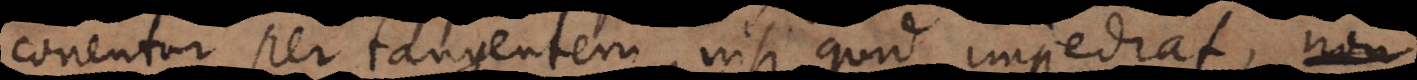
conentur per tangentem, nisi quid impediat, vi